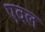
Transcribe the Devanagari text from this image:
एवल